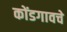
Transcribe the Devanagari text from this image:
कोंडगावचे